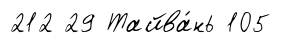
212 29 Тайва́нь 105